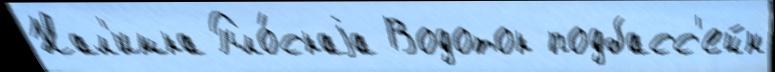
Нал'имка Пло́скаjа Водоток подбасс'ейн